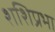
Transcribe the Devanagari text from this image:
शशिप्रभा